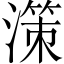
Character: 𣽤